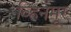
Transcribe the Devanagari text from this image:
व्हिनमूर